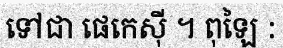
ទៅជា ផេកេស៊ី ។ ពុឡៃ :